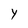
Character: Y